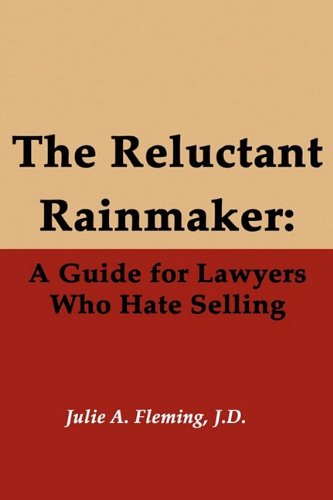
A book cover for The Reluctant Rainmaker: A Guide for Lawyers Who Hate Selling; Julie A. Fleming; Law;